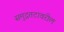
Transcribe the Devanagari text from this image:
समुद्रतटावरील